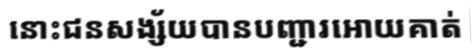
នោះជនសង្ស័យបានបញ្ជារអោយគាត់